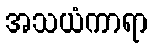
အသယံကာရာ